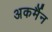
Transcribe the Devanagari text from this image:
अकर्मैन